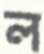
ল